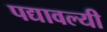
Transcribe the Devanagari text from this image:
पद्यावल्यी